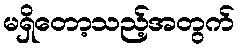
မရှိတော့သည့်အတွက်